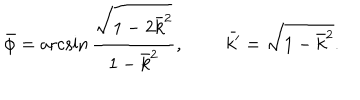
\bar { \phi } = \operatorname { a r c s i n } \frac { \sqrt { 1 - 2 \bar { k } ^ { 2 } } } { 1 - \bar { k } ^ { 2 } } , \; \; \bar { k ^ { \prime } } = \sqrt { 1 - \bar { k } ^ { 2 } } .